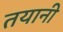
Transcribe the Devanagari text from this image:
तयानी